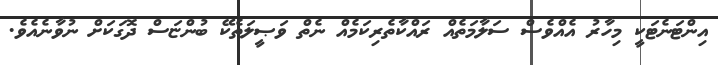
އިންޓަނެޓަކީ މިހާރު އެއްވެސް ސަލާމަތެއް ރައްކާތެރިކަމެއް ނެތް ވަޞީލަތެކޭ ބުންޏަސް ދޮގަކަށް ނުވާނެއެވެ.